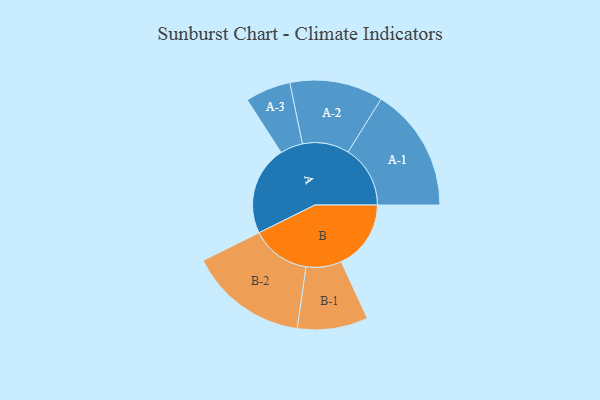
{"axis": {"x": "Segment", "y": "Value"}, "legend": ["", "A", "B"], "data": [{"x": "A", "y": 410, "type": ""}, {"x": "B", "y": 320, "type": ""}, {"x": "A-1", "y": 285, "type": "A"}, {"x": "A-2", "y": 214, "type": "A"}, {"x": "A-3", "y": 104, "type": "A"}, {"x": "B-1", "y": 162, "type": "B"}, {"x": "B-2", "y": 272, "type": "B"}]}